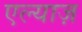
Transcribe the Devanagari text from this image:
एल्याज़